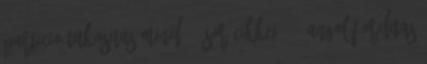
particio titkositas mind 21 sor cikkei 46. angol forditas